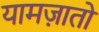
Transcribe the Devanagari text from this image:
यामज़ातो